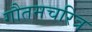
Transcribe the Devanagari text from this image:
गौतमचरित्र